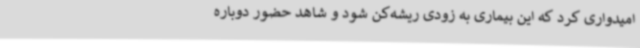
امیدواری کرد که این بیماری به زودی ریشه‌کن شود و شاهد حضور دوباره